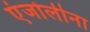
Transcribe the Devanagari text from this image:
एंजोलीना